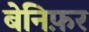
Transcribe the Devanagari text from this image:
बेनिफ़र